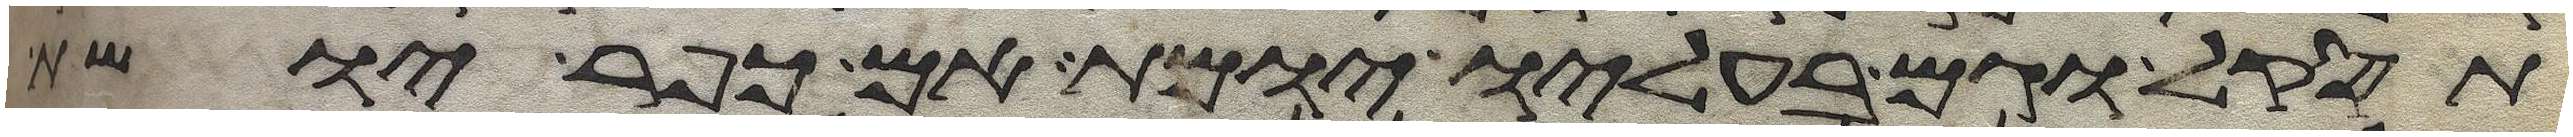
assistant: תסקל וגם בעליו יומת אם כופר יושת